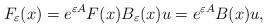
LaTeX: \begin{align*} F_\varepsilon(x) = e^{\varepsilon A} F(x) B_\varepsilon(x)u = e^{\varepsilon A} B(x)u ,\end{align*}